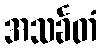
အသင်္ခတံ